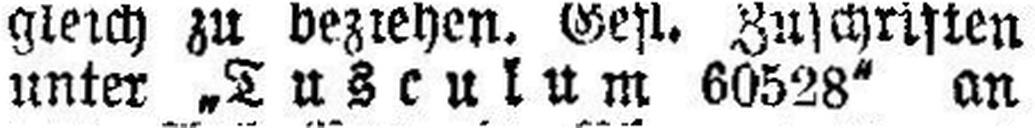
unter „Tusculum 60528" an